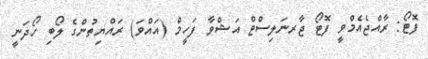
ފޮޓޯ: ރާއްޖެއެމްވީ ފޮޓޯ ޖާރނަލިސްޓް އަޝްވާ ފަހީމް (އައްވަ) ރައްޔިތުންގެ ލޯބި ހޯދަނީ